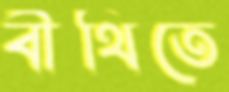
বীথিতে